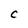
Character: C